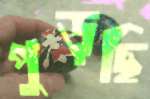
পুড়ছি